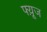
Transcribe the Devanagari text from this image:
फ्य़ूज